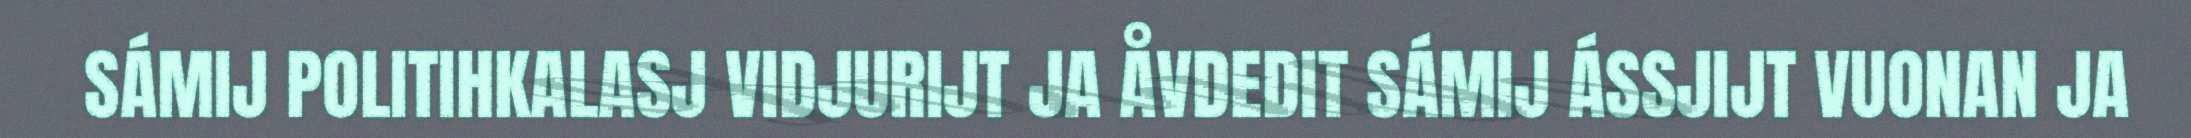
SÁMIJ POLITIHKALASJ VIDJURIJT JA ÅVDEDIT SÁMIJ ÁSSJIJT VUONAN JA